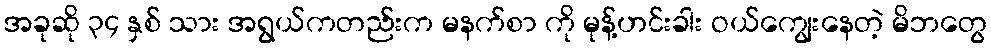
အခုဆို ၃၄ နှစ် သား အရွယ်ကတည်းက မနက်စာ ကို မုန့်ဟင်းခါး ဝယ်ကျွေးနေတဲ့ မိဘတွေ